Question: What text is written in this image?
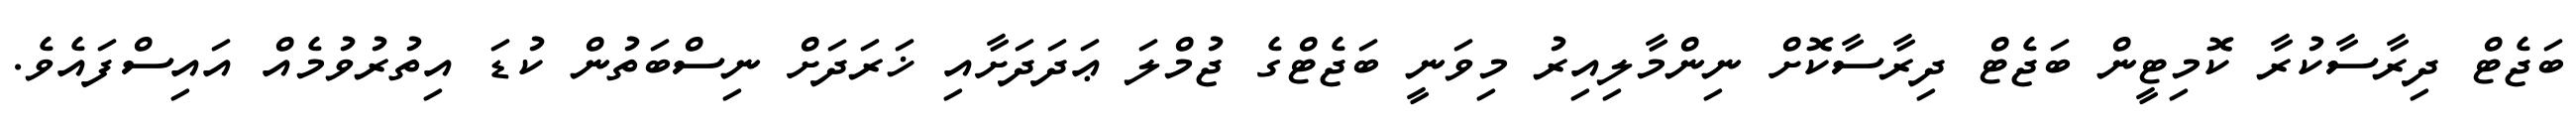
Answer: ބަޖެޓް ދިރާސާކުރާ ކޮމިޓީން ބަޖެޓް ދިރާސާކޮށް ނިންމާލިއިރު މިވަނީ ބަޖެޓްގެ ޖުމްލަ ޢަދަދަށާއި ޚަރަދަށް ނިސްބަތުން ކުޑަ އިތުރުވުމެއް އައިސްފައެވެ.